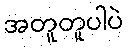
အတူတူပါပဲ